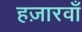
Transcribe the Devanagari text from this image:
हज़ारवाँ